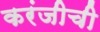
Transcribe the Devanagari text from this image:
करंजीची